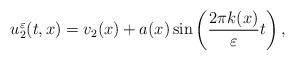
\begin{align*}u_2^\varepsilon (t,x) = v_2(x) + a(x)\sin\left(\frac{2\pi k (x)}{\varepsilon}t\right),\end{align*}